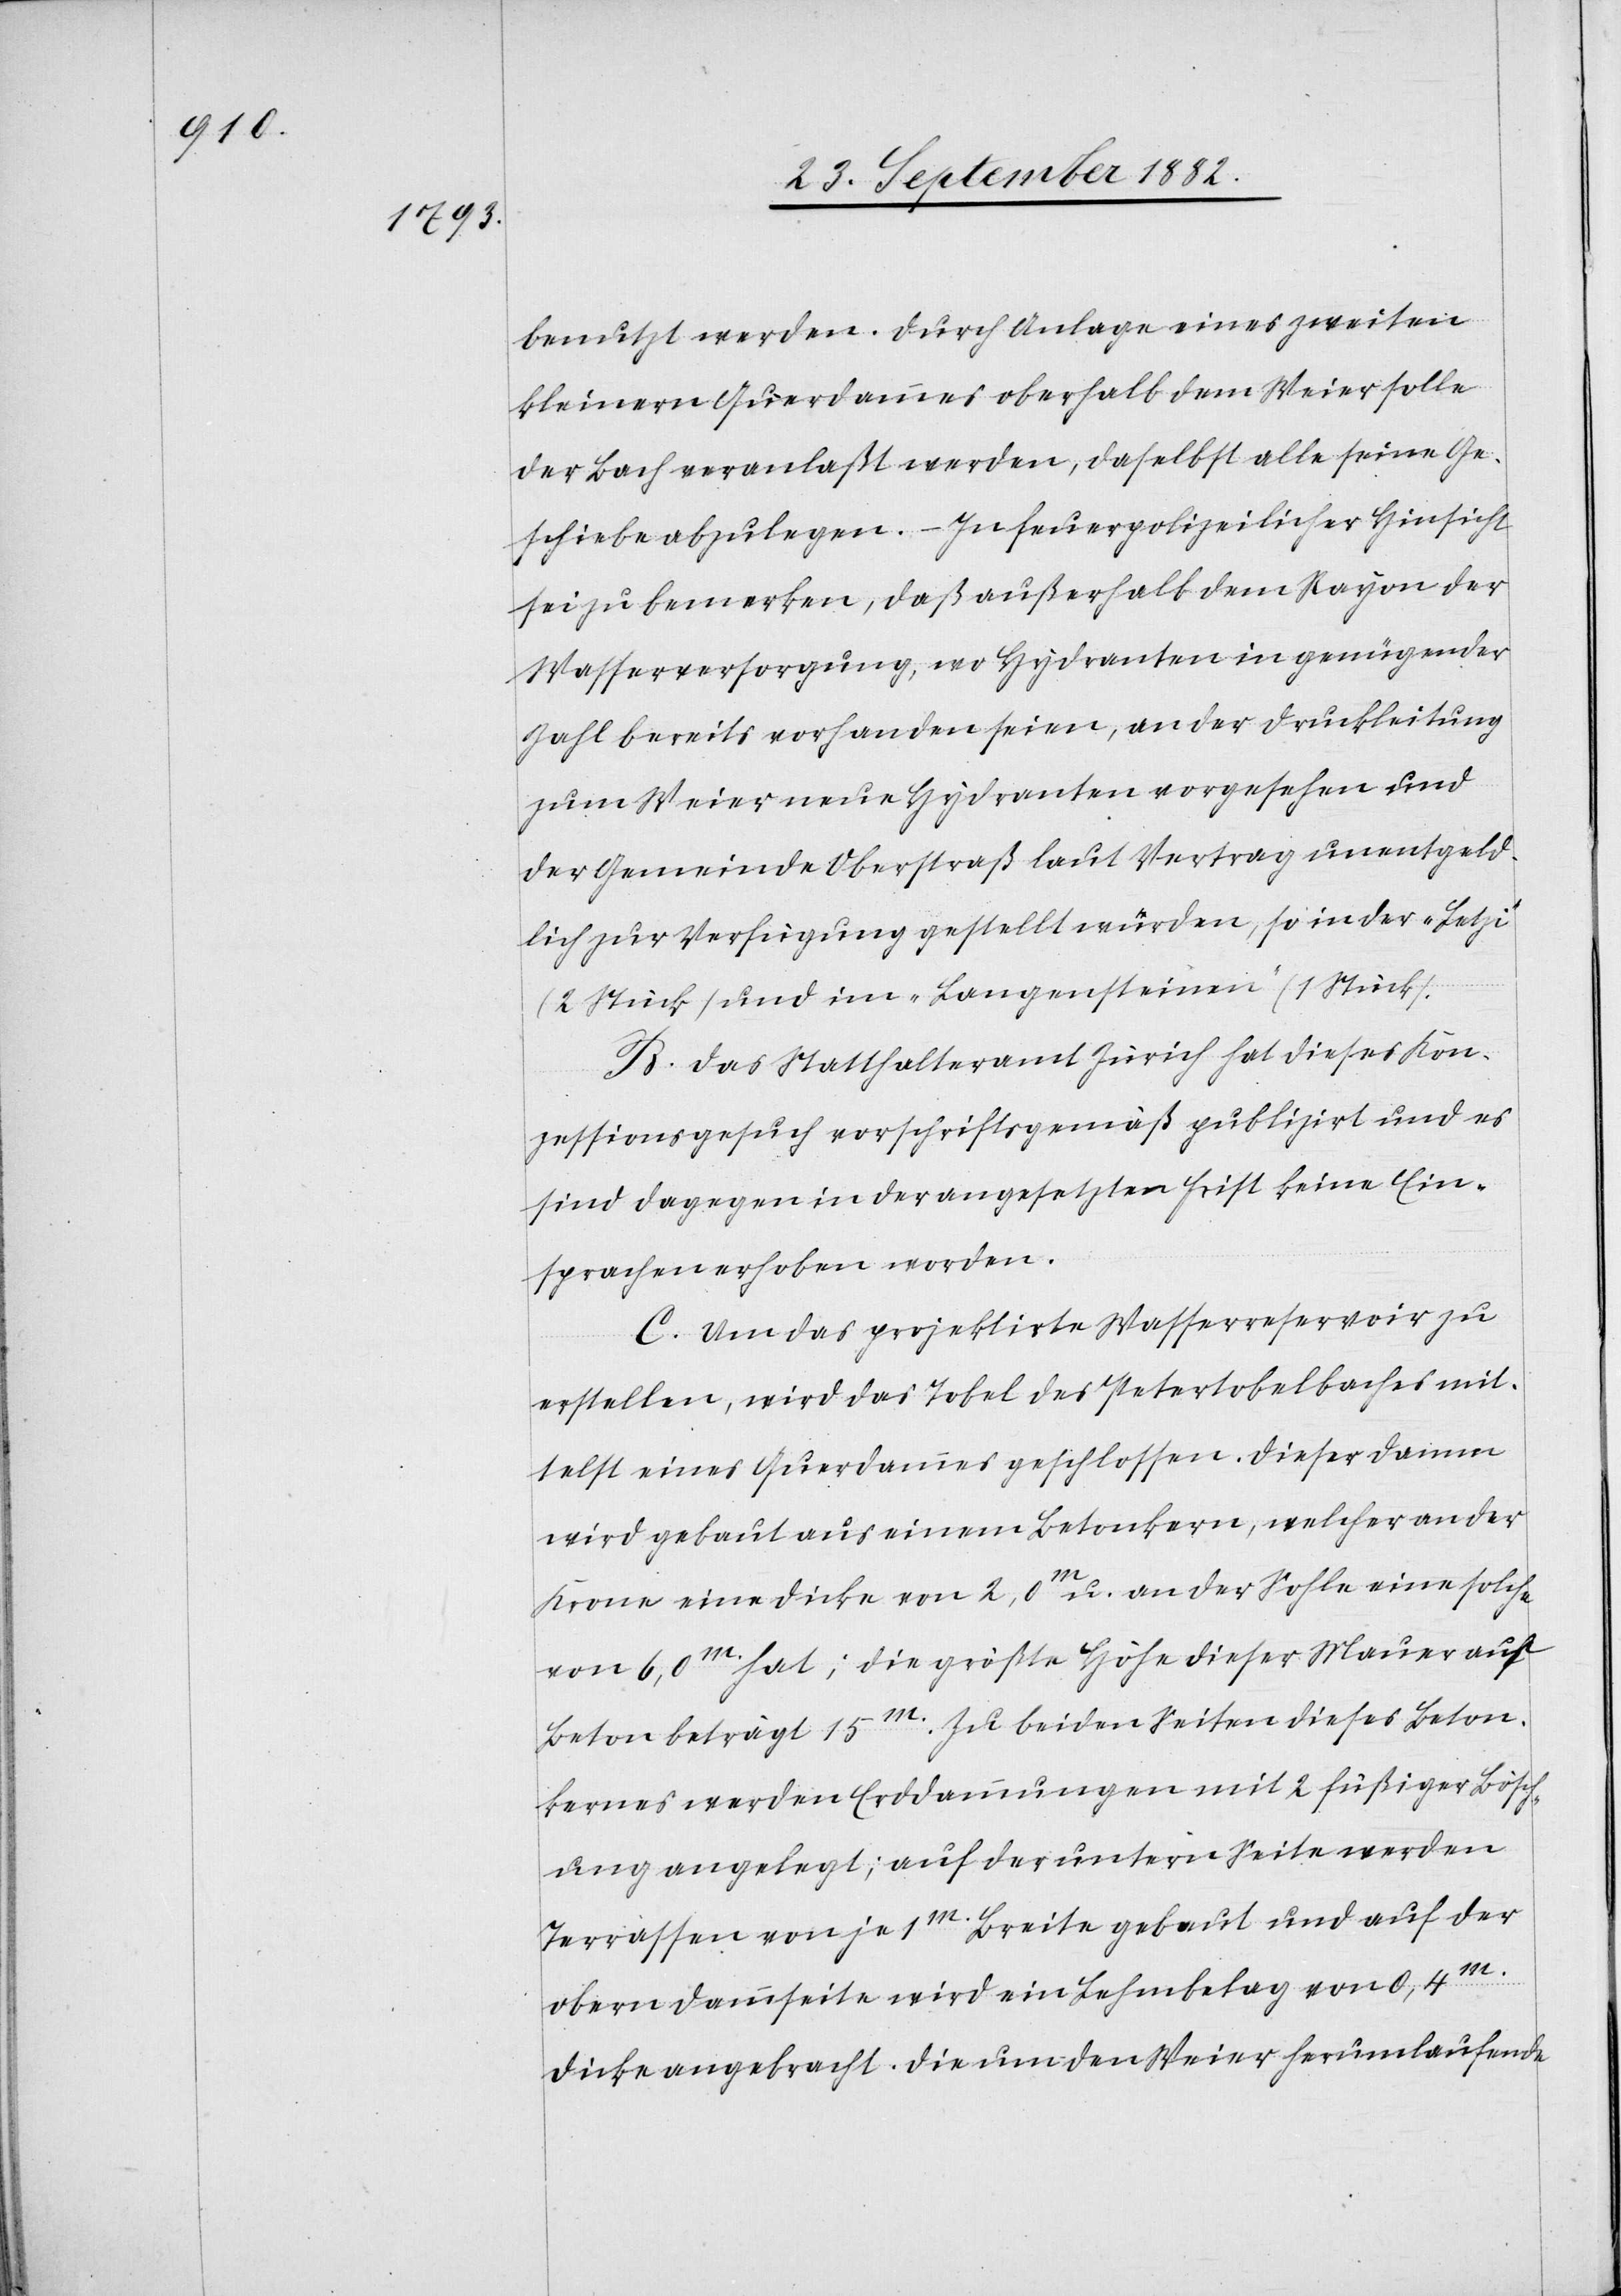
benutzt werden. Durch Anlage eines zweiten
kleinern Querdammes oberhalb dem Weier solle
der Bach veranlaßt werden, daselbst alle seine Ge¬
schiebe abzulegen. – In feuerpolizeilicher Hinsicht
sei zu bemerken, daß außerhalb dem Rayon der
Wasserversorgung, wo Hydranten in genügender
Zahl bereits vorhanden seien, an der Druckleitung
zum Weier neue Hydranten vorgesehen und
der Gemeinde Oberstraß laut Vertrag unentgeld¬
lich zur Verfügung gestellt würden, so in der „Letzi“
(2 Stück) und im „Langensteinen“ (1 Stück).
B. Das Statthalteramt Zürich hat dieses Kon¬
zessionsgesuch vorschriftsgemäß publizirt und es
sind dagegen in der angesetzten Frist keine Ein¬
sprachen erhoben worden.
C. Um das projektirte Wasserreservoir zu
erstellen, wird das Tobel des Petertobelbaches mit¬
telst eines Querdammes geschlossen. Dieser Damm
wird gebaut aus einem Betonkern, welcher an der
Krone eine Dicke von 2,0m u. an der Sohle eine solche
von 6,0m hat; die größte Höhe dieser Mauer aus
Beton beträgt 15m. Zu beiden Seiten dieses Beton¬
kernes werden Erddammungen mit 2 füßiger Bösch¬
ung angelegt; auf der untern Seite werden
Terrassen von je 1m Breite gebaut und auf der
obern Dammseite wird ein Lehmbelag von 0,4m
Dicke angebracht. Die um den Weier herumlaufende